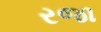
રજા